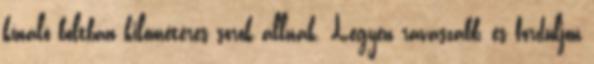
kínáló boltban kilométeres sorok állnak. Legyen ravaszabb, és forduljon